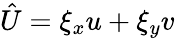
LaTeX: \hat{U}=\xi_{x}u+\xi_{y}v